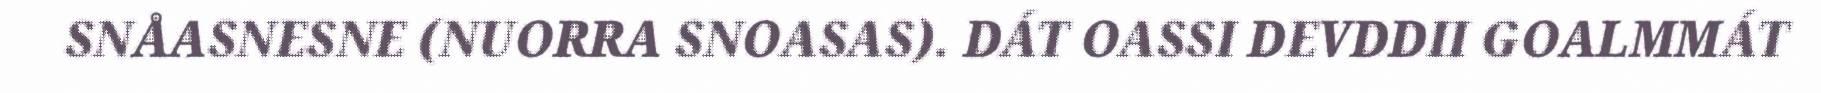
SNÅASNESNE (NUORRA SNOASAS). DÁT OASSI DEVDDII GOALMMÁT